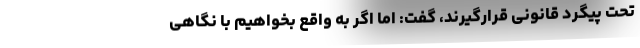
تحت پیگرد قانونی قرارگیرند، گفت: اما اگر به واقع بخواهیم با نگاهی